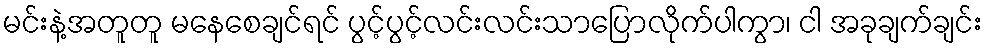
မင်းနဲ့အတူတူ မနေစေချင်ရင် ပွင့်ပွင့်လင်းလင်းသာပြောလိုက်ပါကွာ၊ ငါ အခုချက်ချင်း